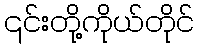
၎င်းတို့ကိုယ်တိုင်